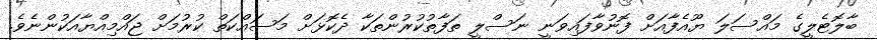
ބާލޮޓެލީގެ މައްސަލަ ޔޫއެފާއަށް ފޮނުވާފައިވަނީ ނަސްލީ ތަފާތުކުރުންތަކާ ދެކޮޅަށް މަސައްކަތް ކުރުމަށް ޖައްމިއްޔާއަކުންނެވެ.